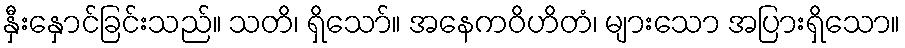
နှီးနှောင်ခြင်းသည်။ သတိ၊ ရှိသော်။ အနေကဝိဟိတံ၊ များသော အပြားရှိသော။